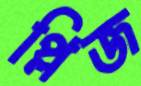
প্লিজ